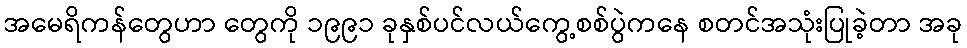
အမေရိကန်တွေဟာ တွေကို ၁၉၉၁ ခုနှစ်ပင်လယ်ကွေ့စစ်ပွဲကနေ စတင်အသုံးပြုခဲ့တာ အခု